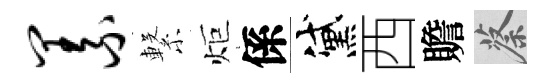
义繋炬係黛西贍蔡